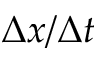
\Delta x / \Delta t